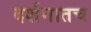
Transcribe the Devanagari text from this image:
दर्शनातच